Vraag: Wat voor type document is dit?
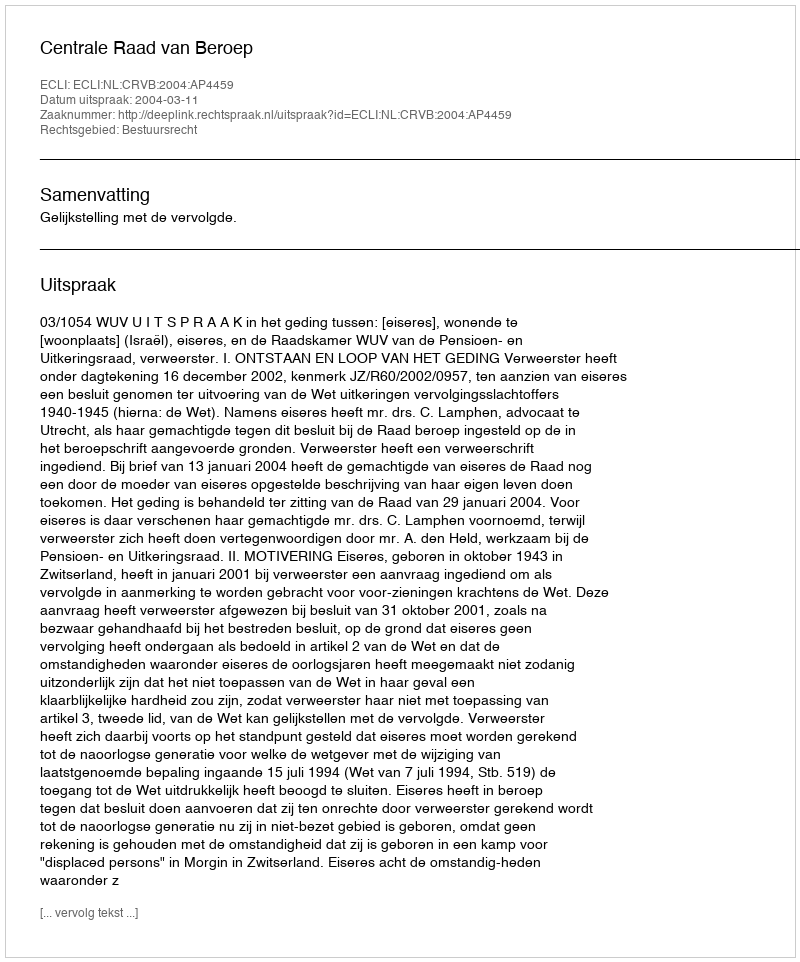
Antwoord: Uitspraak